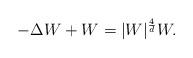
LaTeX: \begin{align*}-\Delta W+W=|W|^{\frac{4}{d}}W.\end{align*}